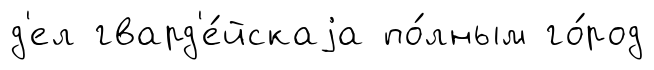
д'ел гвард'е́йскаjа по́лным го́род